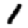
Digit: 1